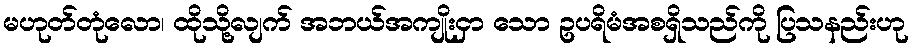
မဟုတ်တုံလော၊ ထိုသို့လျက် အဘယ်အကျိုးငှာ သော ဥပရိမံအစရှိသည်ကို ပြသနည်းဟု